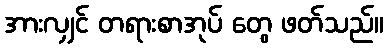
အားလျှင် တရားစာအုပ် တွေ ဖတ်သည်။